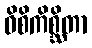
ဝိစိကိစ္ဆိတာ